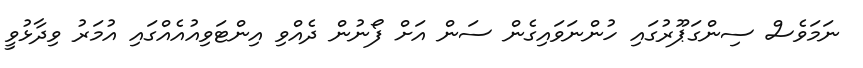
ނަމަވެސް ސިންގަޕޫރުގައި ހުންނަވައިގެން ސަން އަށް ފޯނުން ދެއްވި އިންޓަވިއުއެއްގައި އުމަރު ވިދާޅުވީ